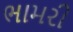
ભામરી